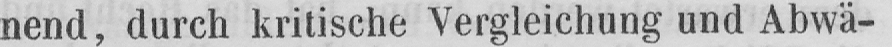
nend, durch kritische Vergleichung und Abwä-